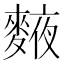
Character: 𪍅